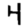
Digit: 4